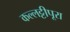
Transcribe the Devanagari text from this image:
कल्लट्टीपूरा